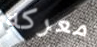
معركه